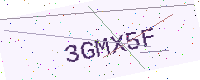
Text: 3GMX5F